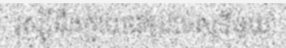
រុស្ស៊ីនឹងក្លាយជាប្រទេសទីមួយ